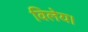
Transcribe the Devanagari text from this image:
विलेय।